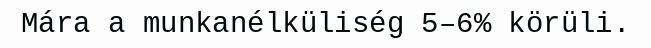
Mára a munkanélküliség 5–6% körüli.